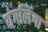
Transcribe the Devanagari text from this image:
यंगलिंगा